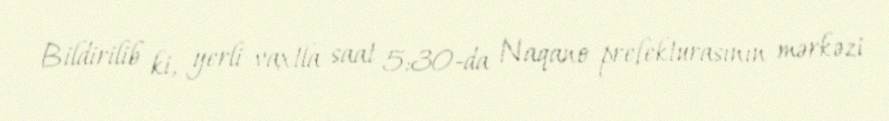
Bildirilib ki, yerli vaxtla saat 5:30-da Naqano prefekturasının mərkəzi